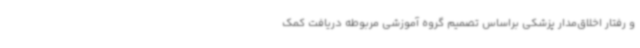
و رفتار اخلاق‌مدار پزشکی براساس تصمیم گروه آموزشی مربوطه دریافت کمک